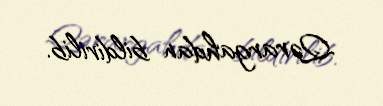
Qərargahdan bildirilib.